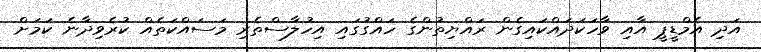
އަދި އެމްޑީޕީ އާއި ވާހަކަދައްކައިގެން ރައްޔިތުންގެ ހައްގުގައި އިހުލާސްތެރި މަސައްކަތެއް ކުރެވިދާނެ ކަމަށް